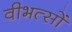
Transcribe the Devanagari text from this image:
वीभत्सों